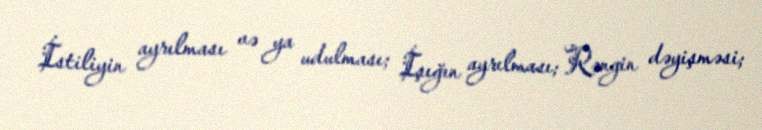
İstiliyin ayrılması və ya udulması; İşığın ayrılması; Rəngin dəyişməsi;